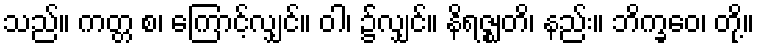
သည်။ ကတ္တ စ၊ ကြောင့်လျှင်။ ဝါ၊ ၌လျှင်။ နိရဇ္ဈတိ၊ နည်း။ ဘိက္ခဝေ၊ တို့။